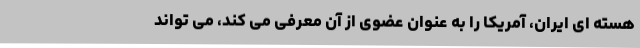
هسته ای ایران، آمریکا را به عنوان عضوی از آن معرفی می کند، می تواند